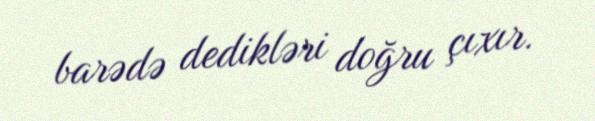
barədə dedikləri doğru çıxır.